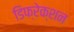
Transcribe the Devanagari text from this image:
डिफ्रेक्शन